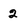
Character: 2